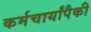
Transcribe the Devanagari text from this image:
कर्मचार्यांपैकी